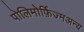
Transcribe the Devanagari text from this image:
पोलिमोर्फ़िज्मअन्य